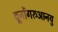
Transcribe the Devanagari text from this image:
वूनोंगरुआनयु